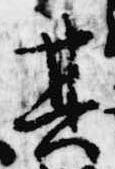
其